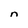
Character: n